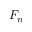
F _ { n }